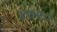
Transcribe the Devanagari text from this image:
४७९०